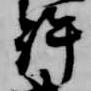
許